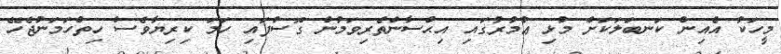
މީހަކު އެއިން ކަނބަލަކަށް މުޅި ޢުމުރުގައި އިޙްސާންތެރިވަމުން ގޮސްފައި ހަމަ ކިރިޔާވެސް ހިތްހަމަނުޖެހޭ